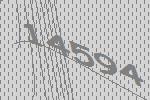
14594